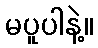
မပူပါနဲ့။